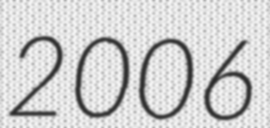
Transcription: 2006